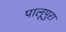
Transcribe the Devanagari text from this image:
पालूपुरा